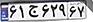
۶۱ج۶۲۹۶۷